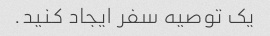
یک توصیه سفر ایجاد کنید.